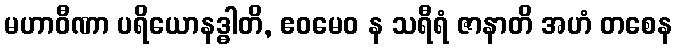
မဟာဝီဏာ ပရိယောနဒ္ဓါတိ, ဧဝမေဝ န သရီရံ ဇာနာတိ အဟံ တစေန